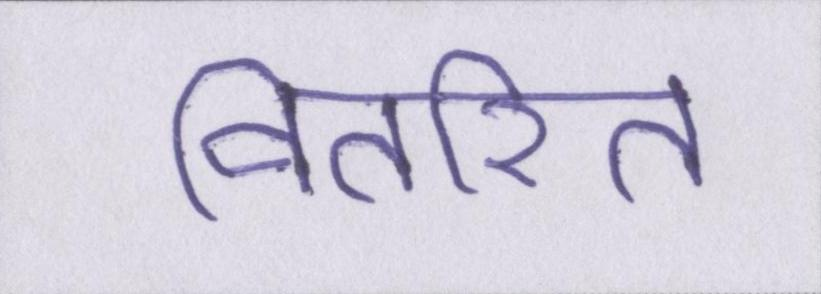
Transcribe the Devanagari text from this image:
वितरित